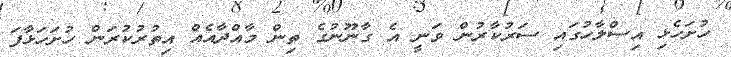
ހުށަހެޅި އިސްލާހުގައި ސަރުކާރުން ވަނީ އެ ގާނޫނުގެ ތިން މާއްދާއެއް އިތުރުކުރަން ހުށަހަޅާފަ